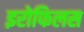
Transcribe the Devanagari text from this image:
इरोफिलस